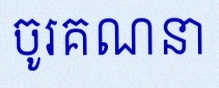
ចូរគណនា